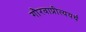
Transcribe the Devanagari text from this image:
गौरवाप्रीत्ययर्थ